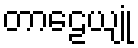
တာဠေယျုံ